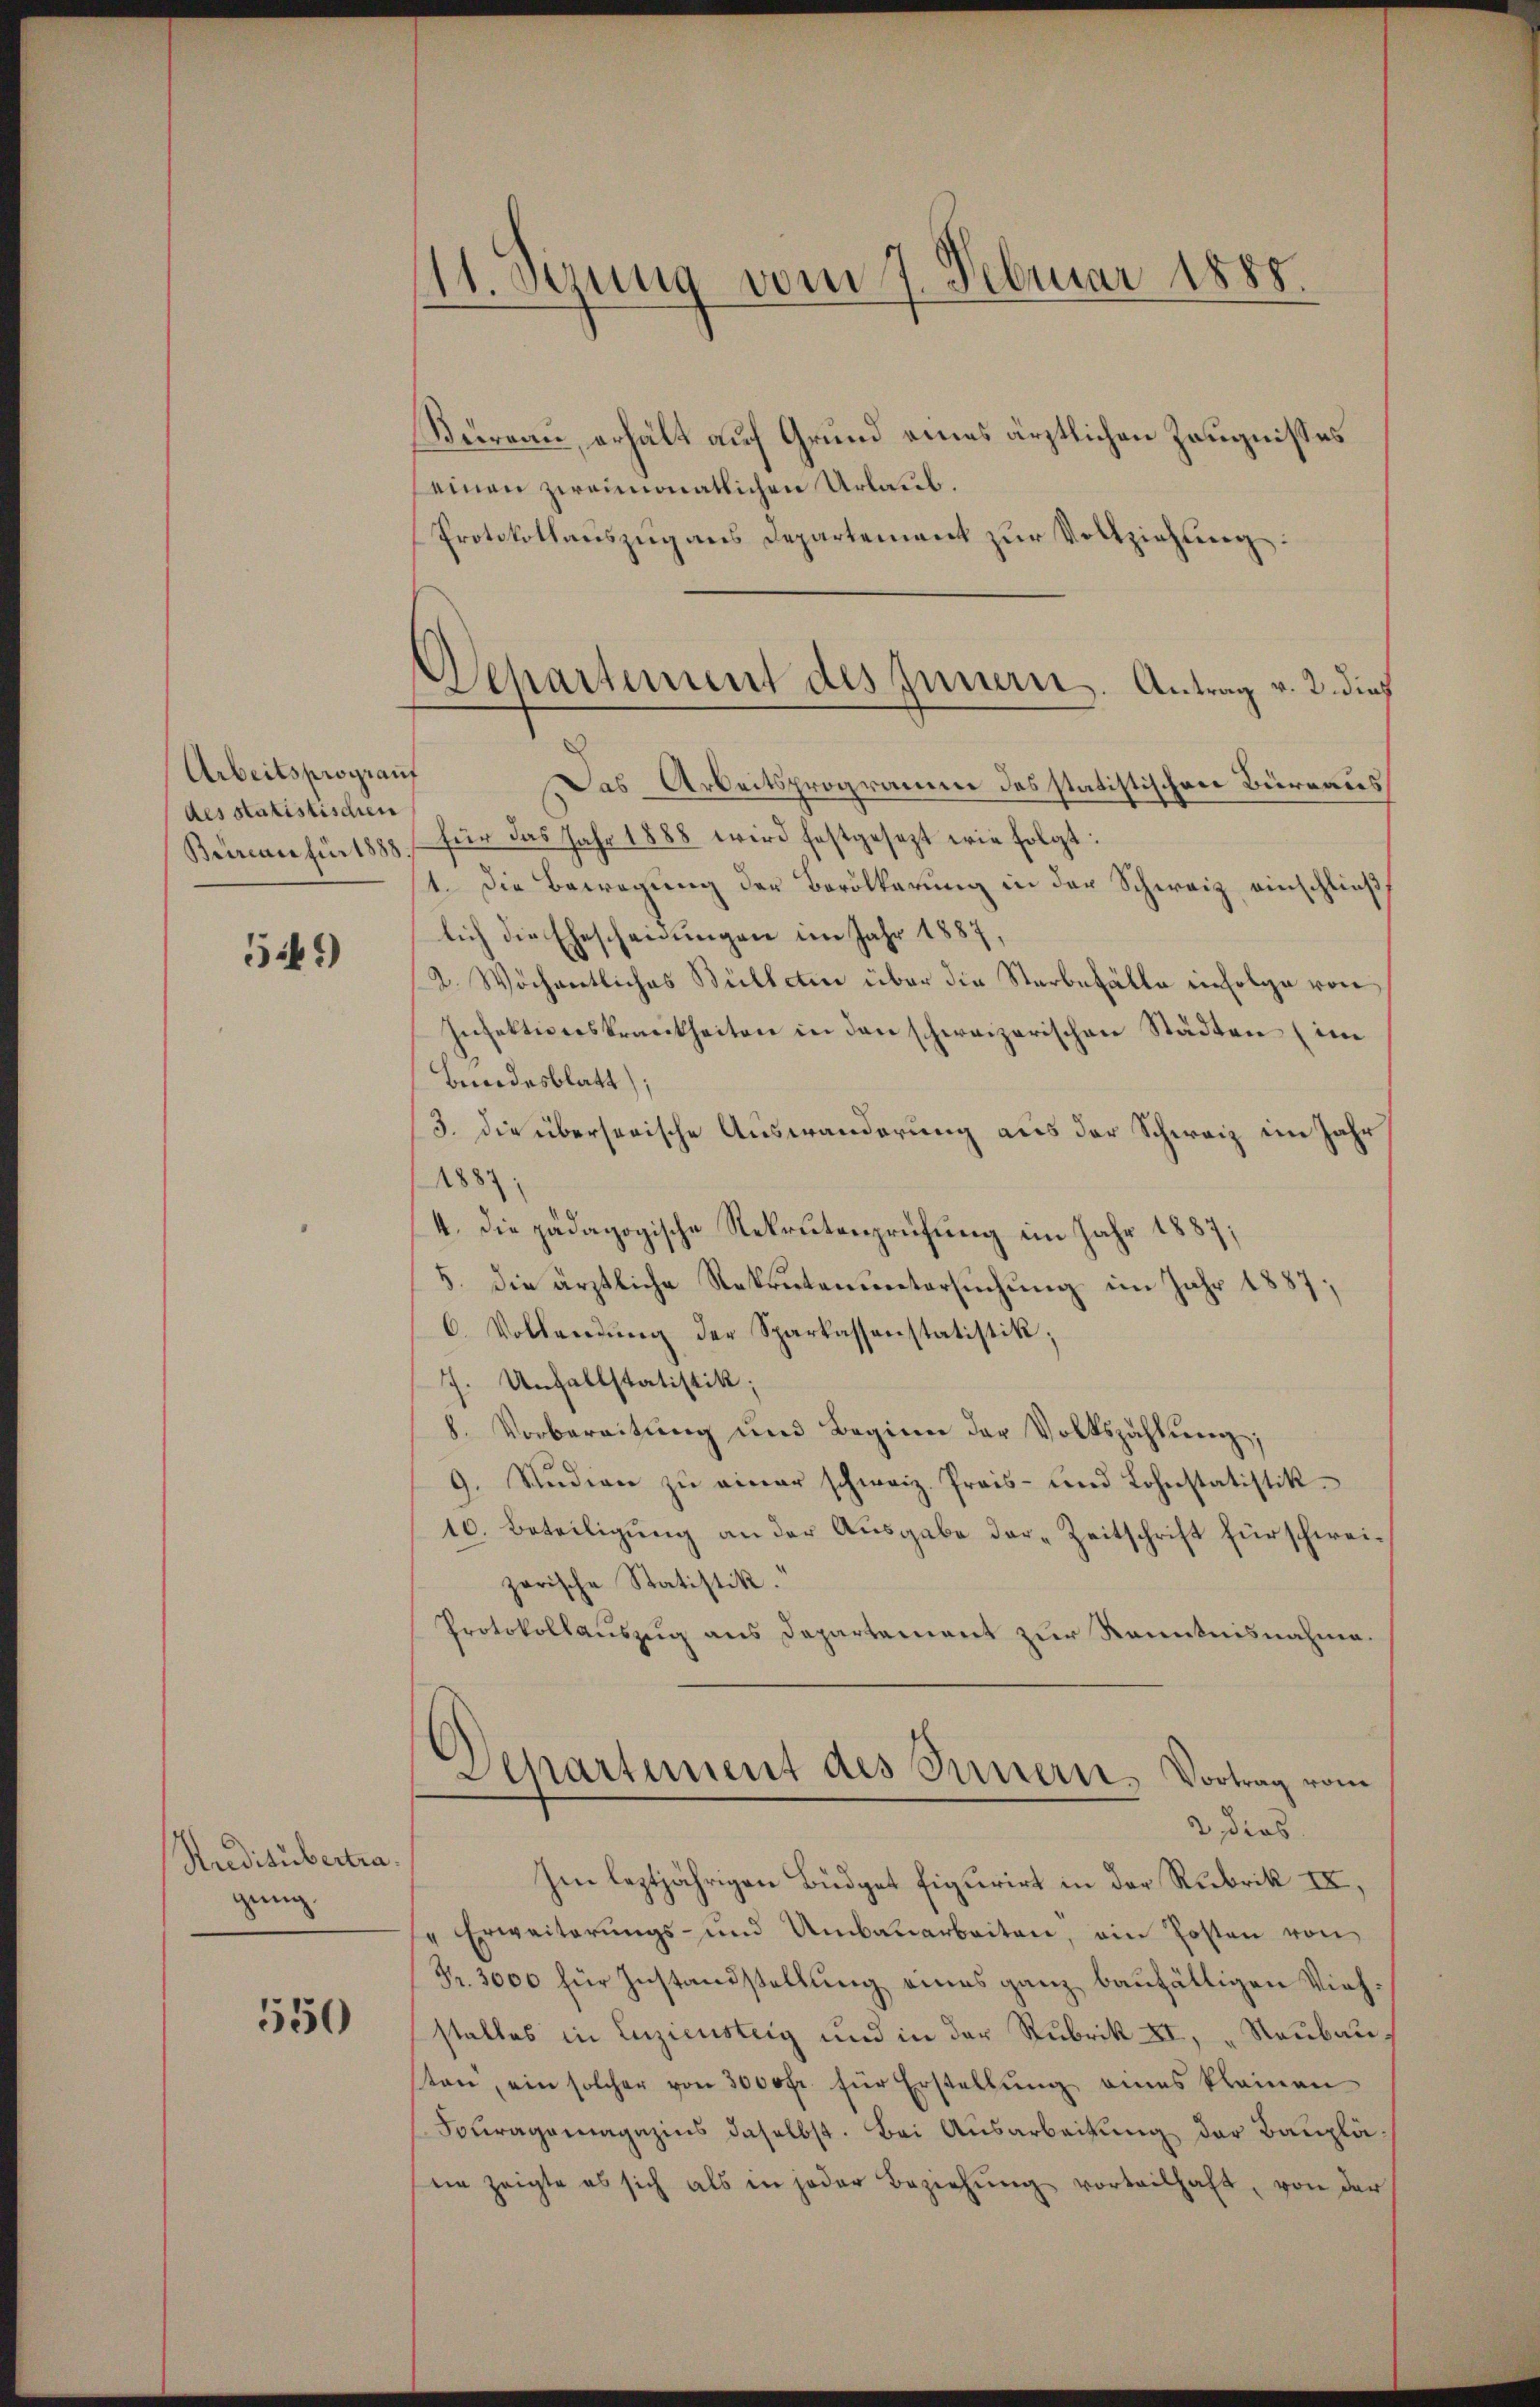
Arbeitsprograuf
des statistischen
Bureau für 1888

5*)

Ruditübertra
gung.

550

111. Dezung vom 7. Februar 1888.

Departement des Innern. Antrag v. 2. dies

Büreau, erhält auf Grund eines ärztlichen Zeugnisses
seinen zweimonatlichen Urlaub.
Protokollauszug aus Departement zŭr Vollziehung:
Das Arbeitsprogramm des statistischen Büreaus
für das Jahr 1888 wird festgesezt wie folgt:
1. Die Bewegung der Bevölkerung in der Schweiz einschließt
lich die Ehescheidungen im Jahr 1887,
2. Wöchentliches Bülletin über die Sterbefälle einfolge von
Insektionskrankheiten in den schweizerischen Städten (im
Bendesblatt);
3. die überserische Auswanderung aus der Schweiz im Jahr
1887
4. Die pädagogische Rekrutenprüfung im Jahr 1887;
5. die ärztliche Rekrutenuntersuchung im Jahr 1887;
6. Vollendŭng der Sparkassenstatistik,
7. Unfallstatistik;
8. Vorbereitung und Beginn der Volkszählung;
9. Studien zŭ einer schweiz. Preis- und Lohnstatistik
10. Beteiligung an der Ausgabe der Zeitschrift für schweizarische Statistik.
Protokollauszug aus Departement zur Kenntnisnahme.
Departement des Innern Vortrag vom
2, dies
Im leztjährigen Büdget figurirt in der Rubrik II,
" Erweiterŭngs- und Umbauarbeiten, ein Posten von
Fr. 3000 für Instandstellung eines ganz baufältigen Viehstalles in Luziensteig und in der Rubrik XI, „Raubausten, ein solcher von 3000 fr. für Erstellung eines kleinen
Fouragsmagazins daselbst. Bei Ausarbeitung der Bauplä
ein zeigte es sich als in jeder Beziehŭng vorteilhaft, von der